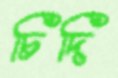
চিদি